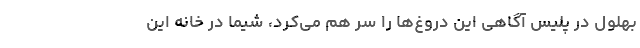
بهلول در پلیس آگاهی این دروغ‌ها را سر هم می‌کرد، شیما در خانه این